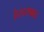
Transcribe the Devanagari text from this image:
हैरदराबाद